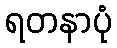
ရတနာပုံ